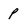
Character: p